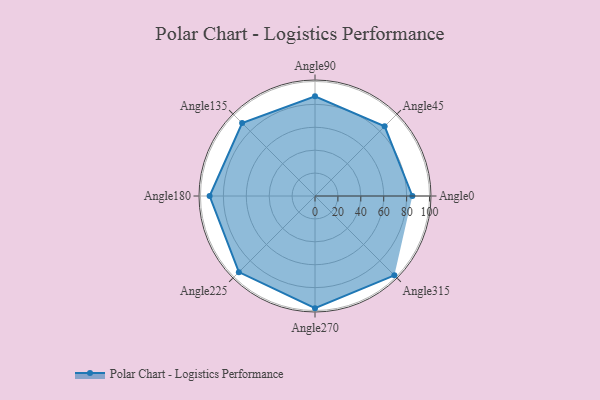
{"axis": {"x": "Angle", "y": "Radius"}, "legend": [""], "data": [{"x": "Angle0", "y": 85.0, "type": ""}, {"x": "Angle45", "y": 86.0, "type": ""}, {"x": "Angle90", "y": 87.0, "type": ""}, {"x": "Angle135", "y": 90.0, "type": ""}, {"x": "Angle180", "y": 92.0, "type": ""}, {"x": "Angle225", "y": 94.0, "type": ""}, {"x": "Angle270", "y": 98.0, "type": ""}, {"x": "Angle315", "y": 98.0, "type": ""}]}